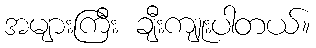
အများကြီး ချီးကျူးပါတယ်။